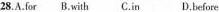
28.A.for B.with C.in D.before